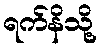
ရက်နိသို့